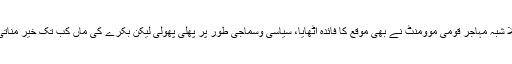
بلا شبہ مہاجر قومی موومنٹ نے بھی موقع کا فائدہ اٹھایا، سیاسی وسماجی طور پر پھلی پھولی لیکن بکرے کی ماں کب تک خیر مناتی۔